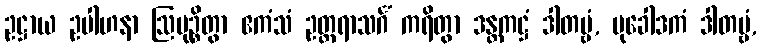
ဥဋ္ဌာယ ဥပါဟနာ ဩမုဉ္စိတွာ ဧကံသံ ဥတ္တရာသင်္ဂံ ကရိတွာ ဒန္တကဋ္ဌံ ဒါတဗ္ဗံ, မုခေါဒကံ ဒါတဗ္ဗံ,